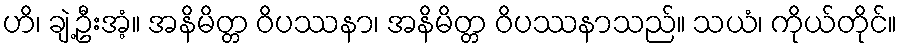
ဟိ၊ ချဲ့ဦးအံ့။ အနိမိတ္တ ဝိပဿနာ၊ အနိမိတ္တ ဝိပဿနာသည်။ သယံ၊ ကိုယ်တိုင်။